Scientific memoirs by medical officers of the Army of India - Part X,
Year: 1897
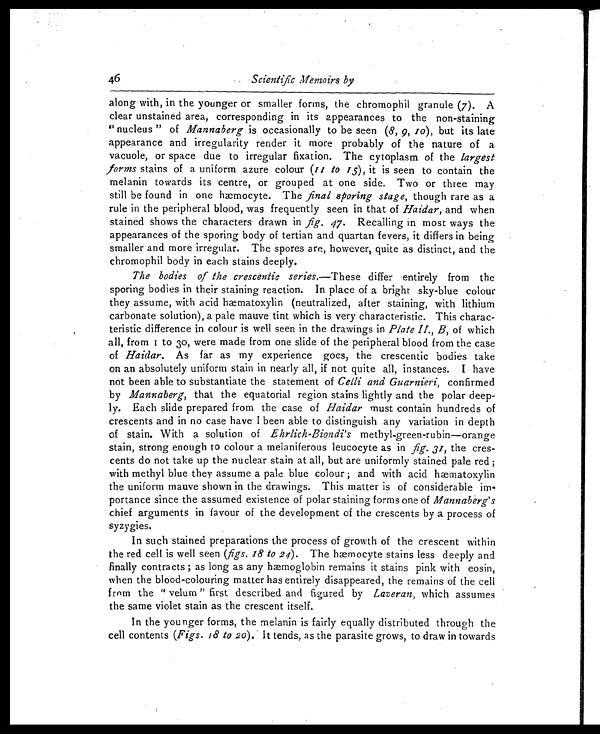
46
Scientific Memoirs by
along with, in the younger or smaller forms, the chromophil granule ( 7 ). A
clear unstained area, corresponding in its appearances to the non-staining
" nucleus " of Mannaberg is occasionally to be seen (8, 9, 10), but its late
appearance and irregularity render it more probably of the nature of a
vacuole, or space due to irregular fixation. The cytoplasm of the largest
forms stains of a uniform azure colour ( 11 to 15 ), it is seen to contain the
melanin towards its centre, or grouped at one side. Two or three may
still be found in one hæmocyte. The final sporing stage, though rare as a
rule in the peripheral blood, was frequently seen in that of Haidar, and when
stained shows the characters drawn in fig. 47. Recalling in most ways the
appearances of the sporing body of tertian and quartan fevers, it differs in being
smaller and more irregular. The spores are, however, quite as distinct, and the
chromophil body in each stains deeply.
The bodies of the crescentic series. — T h e s e d i f f e r e n t i r e l y f r o m t h e
sporing bodies in their staining reaction. In place of a bright sky-blue colour
they assume, with acid hæmatoxylin (neutralized, after staining, with lithium
carbonate solution), a pale mauve tint which is very characteristic. This charac-
teristic difference in colour is well seen in the drawings in Plate 11., B,o f w h i c h
a l l , f r o m 1 t o 3 0 , w e r e m a d e f r o m o n e s l i d e o f t h e p e r i p h e r a l b l o o d f r o m t h e c a s e
of Haidar. As far as my experience goes, the crescentic bodies take
on an absolutely uniform stain in nearly all, if not quite all, instances. I have
not been able to substantiate the statement of Celli and Guarnieri, confirmed
by Mannaberg, that the equatorial region stains lightly and the polar deep-
ly. Each slide prepared from the case of Haidar must contain hundreds of
crescents and in no case have I been able to distinguish any variation in depth
of stain. With a solution of Ehrlich-Biondi's methyl-green-rubin—orange
stain, strong enough to colour a melaniferous leucocyte as in fig. 31, the cres-
cents do not take up the nuclear stain at all, but are uniformly stained pale red ;
with methyl blue they assume a pale blue colour ; and with acid hæmatoxylin
the uniform mauve shown in the drawings. This matter is of considerable im-
portance since the assumed existence of polar staining forms one of Mannaberg's
chief arguments in favour of the development of the crescents by a process of
syzygies.
In such stained preparations the process of growth of the crescent within
the red cell is well seen ( figs, 18 to 24 ). The hæmocyte stains less deeply and
finally contracts ; as long as any hæmoglobin remains it stains pink with eosin,
when the blood-colouring matter has entirely disappeared, the remains of the cell
from the " velum " first described and figured by Laveran, which assumes
the same violet stain as the crescent itself.
In the younger forms, the melanin is fairly equally distributed through the
cell contents ( Figs 18 to 20 ). It tends, as the parasite grows, to draw in towards